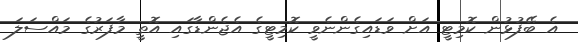
އެ ބޭފުޅުން ކޮމިޓީ އަށް ވަޑައިގެންނެވީ ކޮމިޓީގެ އެޖެންޑާގައި އޮތީ މާފަރުގެ މައްސަލަ